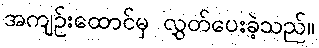
အကျဉ်းထောင်မှ လွှတ်ပေးခဲ့သည်။